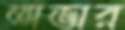
অভার